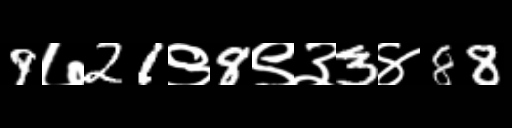
Text: 9७21९8९३3४88